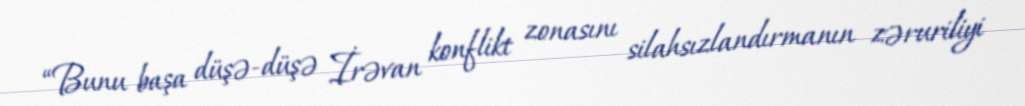
“Bunu başa düşə-düşə İrəvan konflikt zonasını silahsızlandırmanın zəruriliyi